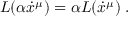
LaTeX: L ( \alpha \dot { x } ^ { \mu } ) = \alpha L ( \dot { x } ^ { \mu } ) \; .